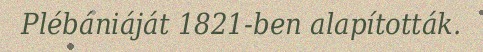
Plébániáját 1821-ben alapították.